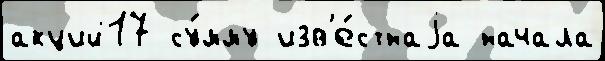
акций17 су́мму изв'е́стнаjа начала